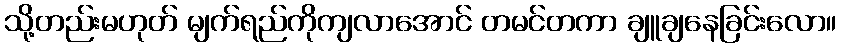
သို့တည်းမဟုတ် မျက်ရည်ကိုကျလာအောင် တမင်တကာ ချူချနေခြင်းလော။